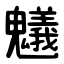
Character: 䰮